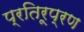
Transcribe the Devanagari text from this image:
प्रतिरूप्रण